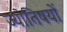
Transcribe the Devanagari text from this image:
ज्योतिषयों